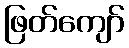
ဖြတ်ကျော်